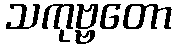
သကုဗ္ဗတော